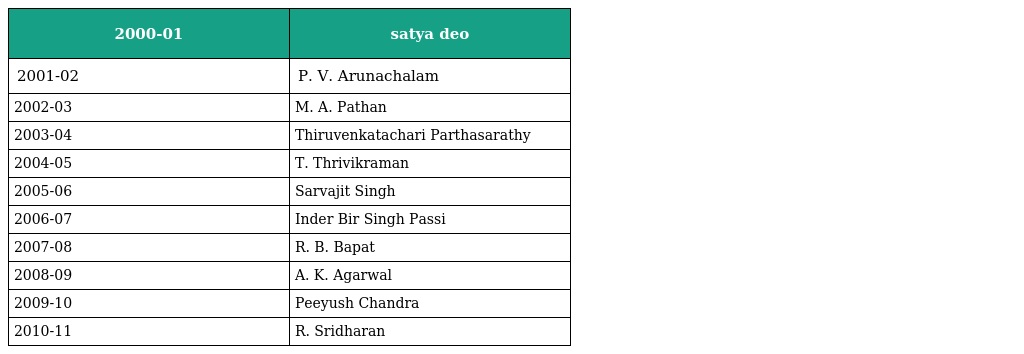
| 2000-01 | satya deo |
 | --- | --- |
 | 2001-02 | P. V. Arunachalam |
 | 2002-03 | M. A. Pathan |
 | 2003-04 | Thiruvenkatachari Parthasarathy |
 | 2004-05 | T. Thrivikraman |
 | 2005-06 | Sarvajit Singh |
 | 2006-07 | Inder Bir Singh Passi |
 | 2007-08 | R. B. Bapat |
 | 2008-09 | A. K. Agarwal |
 | 2009-10 | Peeyush Chandra |
 | 2010-11 | R. Sridharan |